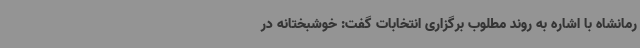
رمانشاه با اشاره به روند مطلوب برگزاری انتخابات گفت: خوشبختانه در